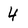
Character: 4